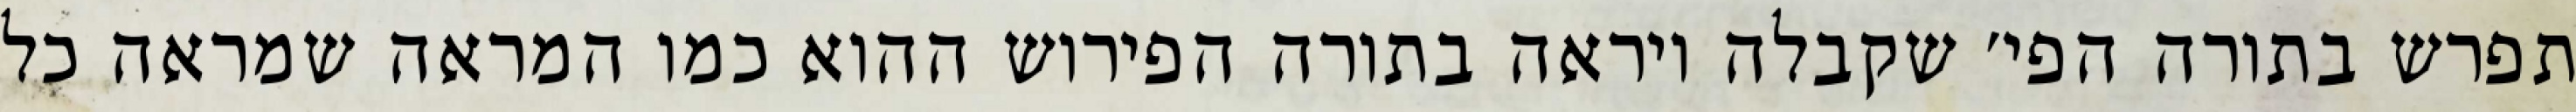
תפרש בתורה הפי׳ שקבלה ויראה בתורה הפירוש ההוא כמו המראה שמראה כל